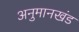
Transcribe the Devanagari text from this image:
अनुमानखंड